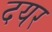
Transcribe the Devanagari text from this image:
दयर